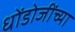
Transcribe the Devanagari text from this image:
धोंडोजींच्या